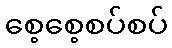
စေ့စေ့စပ်စပ်